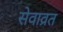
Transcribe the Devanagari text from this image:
सेवाव्रत